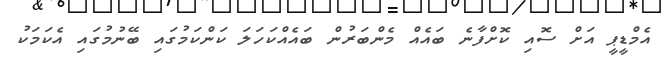
އެމްޑީޕީ އަށް ސޮއި ކޮށްފާނެ ބައެއް މެންބަރުން ބައެއްކަހަލަ ކަންކަމުގައި ބޭނުމުގައި އެކަމަކު